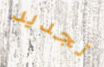
تجديد